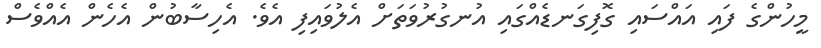
މީހުންގެ ފައި އައްސައި ގޮފިގަނޑެއްގައި އުނގުރުވަތަށް އެލުވައިފި އެވެ. އެހިސާބުން އެހެން އެއްވެސް